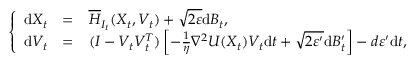
\left\{ \begin{array} { l l l } { \mathrm { d } X _ { t } } & { = } & { \overline { { H } } _ { I _ { t } } ( X _ { t } , V _ { t } ) + \sqrt { 2 \varepsilon } \mathrm { d } B _ { t } , } \\ { \mathrm { d } V _ { t } } & { = } & { ( I - V _ { t } V _ { t } ^ { T } ) \left[ - \frac { 1 } \eta \nabla ^ { 2 } U ( X _ { t } ) V _ { t } \mathrm { d } t + \sqrt { 2 \varepsilon ^ { \prime } } \mathrm { d } B _ { t } ^ { \prime } \right] - d \varepsilon ^ { \prime } \mathrm { d } t , } \end{array} \right.